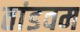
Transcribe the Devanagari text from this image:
तांडवम